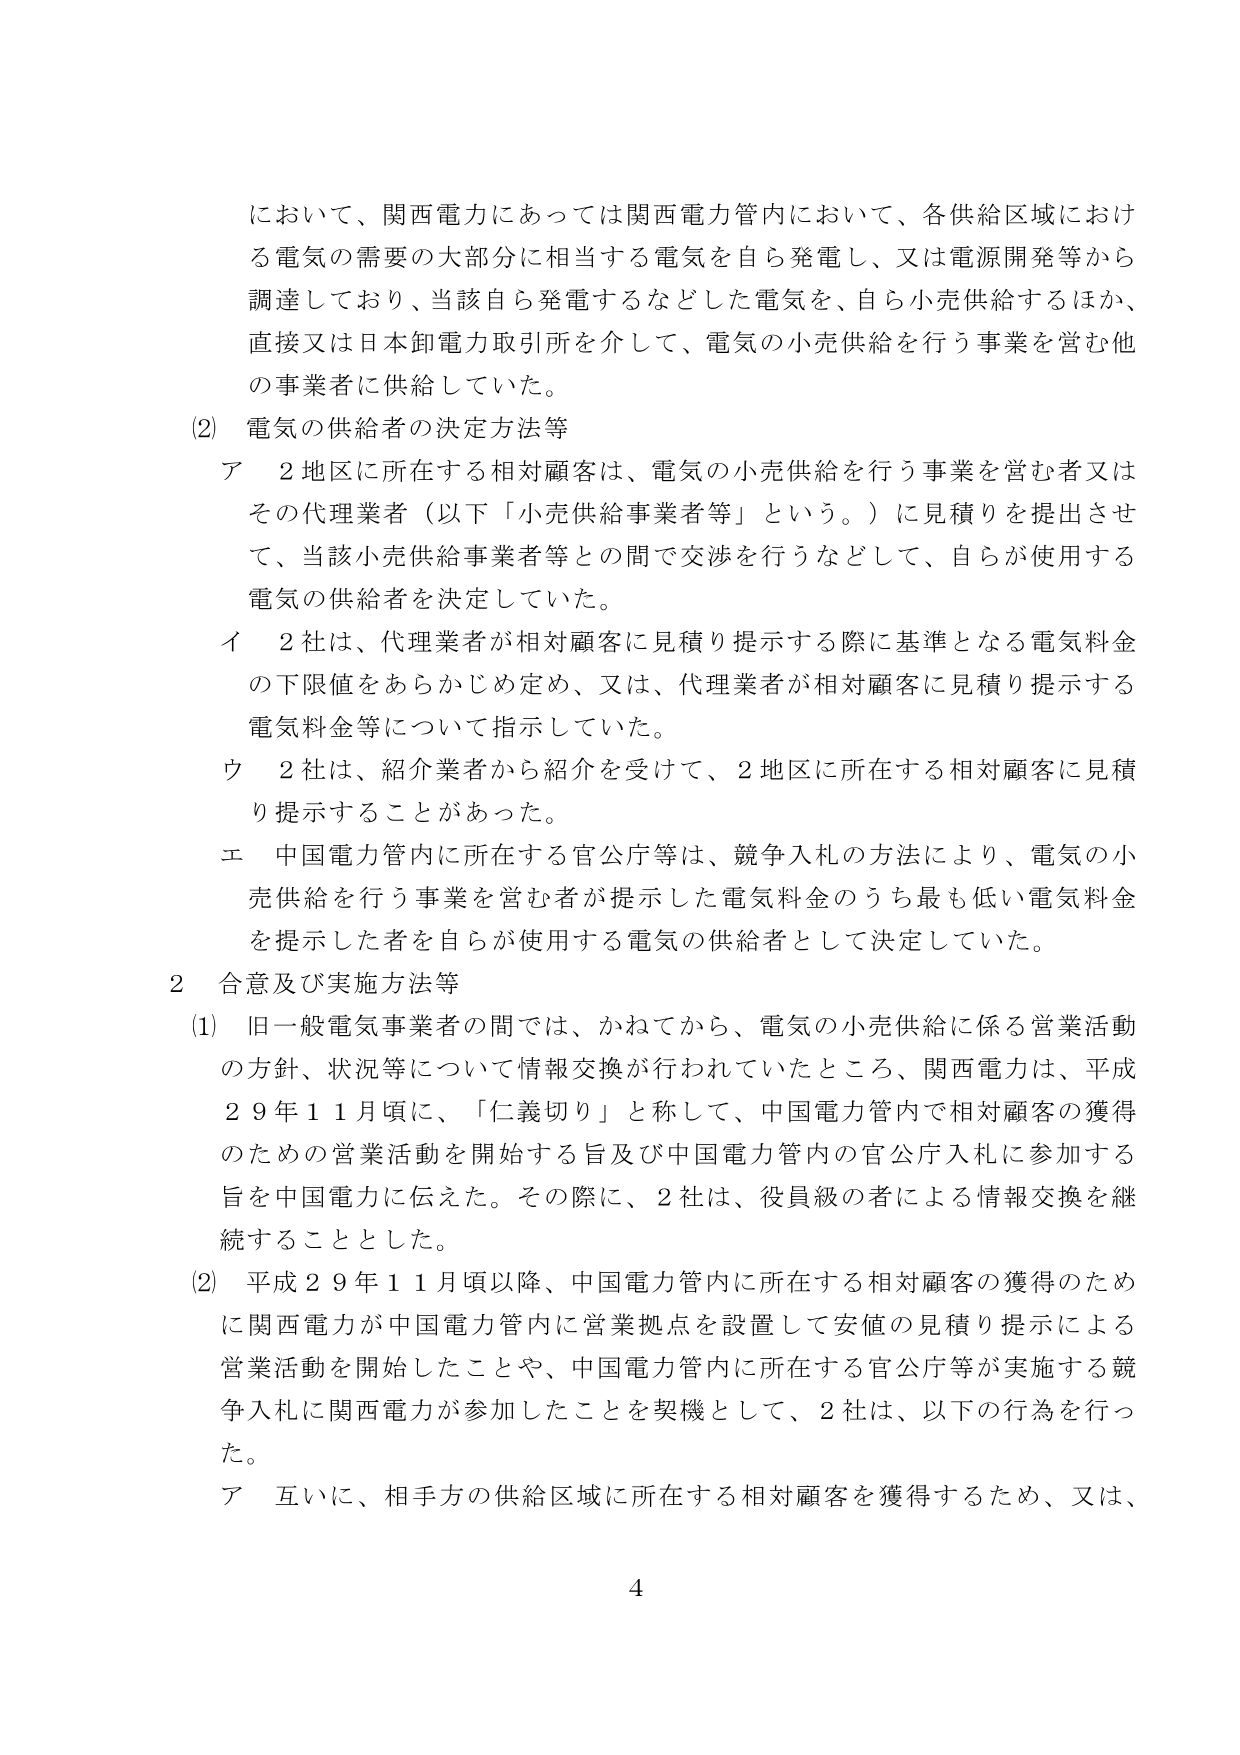
において、関西電力にあっては関西電力管内において、各供給区域における電気の需要の大部分に相当する電気を自ら発電し、又は電源開発等から調達しており、当該自ら発電するなどした電気を、自ら小売供給するほか、直接又は日本卸電力取引所を介して、電気の小売供給を行う事業を営む他の事業者に供給していた。

(2) 電気の供給者の決定方法等
ア 2地区に所在する相対顧客は、電気の小売供給を行う事業を営む者又はその代理業者（以下「小売供給事業者等」という。）に見積りを提出させて、当該小売供給事業者等との間で交渉を行うなどして、自らが使用する電気の供給者を決定していた。
イ 2社は、代理業者が相対顧客に見積り提示する際に基準となる電気料金の下限値をあらかじめ定め、又は、代理業者が相対顧客に見積り提示する電気料金等について指示していた。
ウ 2社は、紹介業者から紹介を受けて、2地区に所在する相対顧客に見積り提示することがあった。
エ 中国電力管内に所在する官公庁等は、競争入札の方法により、電気の小売供給を行う事業を営む者が提示した電気料金のうち最も低い電気料金を提示した者を自らが使用する電気の供給者として決定していた。

2 合意及び実施方法等
(1) 旧一般電気事業者の間では、かねてから、電気の小売供給に係る営業活動の方針、状況等について情報交換が行われていたところ、関西電力は、平成29年11月頃に、「仁義切り」と称して、中国電力管内で相対顧客の獲得のための営業活動を開始する旨及び中国電力管内の官公庁入札に参加する旨を中国電力に伝えた。その際に、2社は、役員級の者による情報交換を継続することとした。
(2) 平成29年11月頃以降、中国電力管内に所在する相対顧客の獲得のために関西電力が中国電力管内に営業拠点を設置して安値の見積り提示による営業活動を開始したことや、中国電力管内に所在する官公庁等が実施する競争入札に関西電力が参加したことを契機として、2社は、以下の行為を行った。
ア 互いに、相手方の供給区域に所在する相対顧客を獲得するため、又は、

4